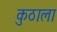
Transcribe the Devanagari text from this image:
कुठाला